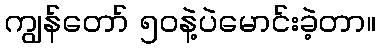
ကျွန်တော် ၅၀နဲ့ပဲမောင်းခဲ့တာ။